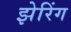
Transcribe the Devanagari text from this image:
झेरिंग